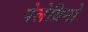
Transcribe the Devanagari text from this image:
पेलेग्रिनो